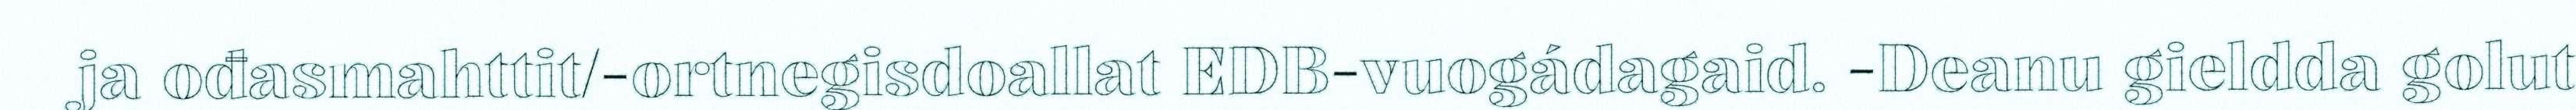
ja ođasmahttit/-ortnegisdoallat EDB-vuogádagaid. -Deanu gieldda golut